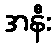
အနီး